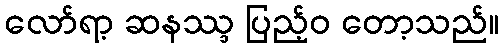
လော်ရာ့ ဆနဿ္ဒ ပြည့်ဝ တော့သည်။